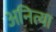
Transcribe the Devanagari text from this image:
अनित्या